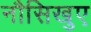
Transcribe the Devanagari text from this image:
नौसिखुए